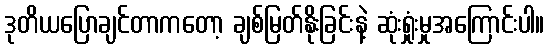
ဒုတိယပြောချင်တာကတော့ ချစ်မြတ်နိုးခြင်းနဲ့ ဆုံးရှုံးမှုအကြောင်းပါ။